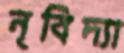
নৃবিদ্যা